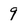
Character: 9